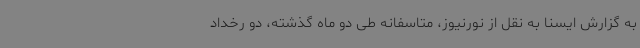
به گزارش ایسنا به نقل از نورنیوز، متاسفانه طی دو ماه گذشته، دو رخداد